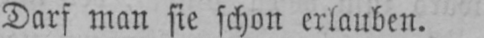
Darf man sie schon erlauben.